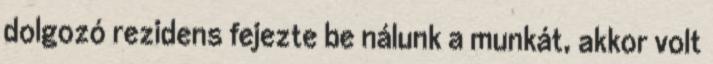
dolgozó rezidens fejezte be nálunk a munkát, akkor volt